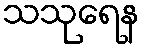
သသုရေန